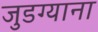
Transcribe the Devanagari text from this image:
जुडग्याना